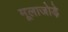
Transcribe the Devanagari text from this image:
मूलाजोड़े